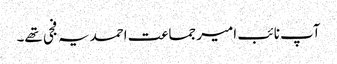
آپ نائب امیر جماعت احمدیہ فجی تھے۔